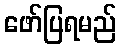
ဖော်ပြရမည်